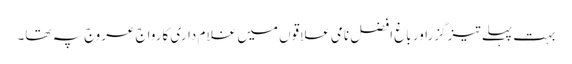
بہت پہلے تیز گزراور باغ افضل نامی علاقوں میں غلا م داری کارواج عروج پہ تھا۔